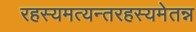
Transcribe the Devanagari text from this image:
रहस्यमत्यन्तरहस्यमेतन्न